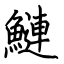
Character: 鰱